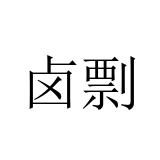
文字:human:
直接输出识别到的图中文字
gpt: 卤剽